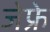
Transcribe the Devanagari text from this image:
जेफ्रे